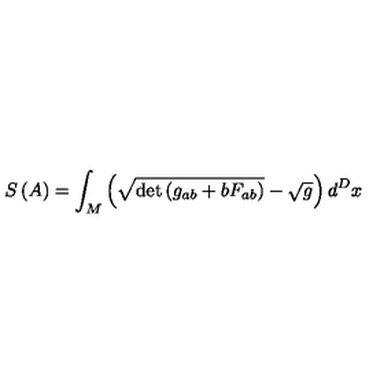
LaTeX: S \left( A \right) = \int _ { M } \left( \sqrt { \det \left( g _ { a b } + b F _ { a b } \right) } - \sqrt { g } \right) d ^ { D } x